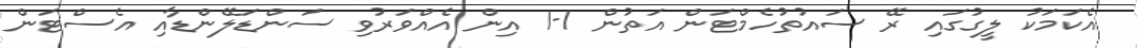
އެކަމަކު ލީގުގައި ރޭ ސައުތުހެމްޓަން އަތުން 1-1 އިން އެއްވަރުވި ސަންޑަލޭންޑާއި އެސްޓަން